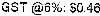
GST @6%: $0.46